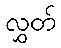
လွှတ်